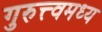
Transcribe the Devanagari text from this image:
गुरुत्त्वमध्य